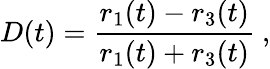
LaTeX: D(t)=\frac{r_{1}(t)-r_{3}(t)}{r_{1}(t)+r_{3}(t)}\ ,